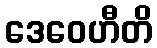
ဒေဝေဟီတိ